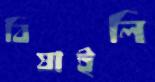
বিষাইলি